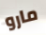
مارو